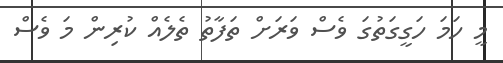
މީ ހަމަ ހަގީގަތުގަ ވެސް ވަރަށް ތަފާތު ތެލެއް ކުރިން މަ ވެސް